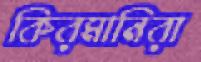
কিরমানিরা